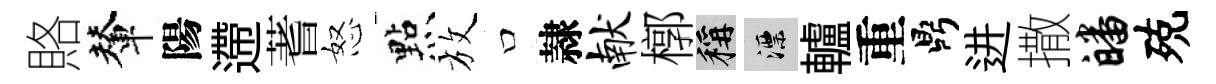
賂輦陽遰蓍怒㸃放口隷献槨稱漂轤重鼎进撒皤殑